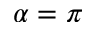
\alpha = \pi